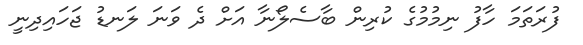
ފުރަތަމަ ހާފު ނިމުމުގެ ކުރިން ބާސެލޯނާ އަށް ދެ ވަނަ ލަނޑު ޖަހައިދިނީ